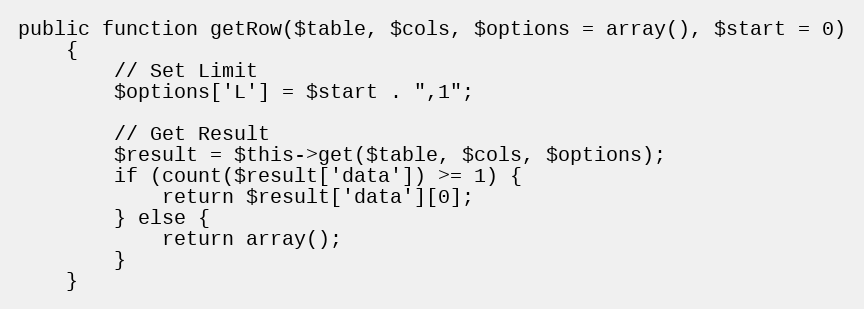
Language: PHP
public function getRow($table, $cols, $options = array(), $start = 0)
    {
        // Set Limit
        $options['L'] = $start . ",1";

        // Get Result
        $result = $this->get($table, $cols, $options);
        if (count($result['data']) >= 1) {
            return $result['data'][0];
        } else {
            return array();
        }
    }